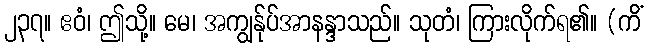
၂၃၇။ ဧဝံ၊ ဤသို့။ မေ၊ အကျွန်ုပ်အာနန္ဒာသည်။ သုတံ၊ ကြားလိုက်ရ၏။ (ကိံ